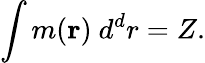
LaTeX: \int m({\mathbf{r}})~d^{d}r=Z.